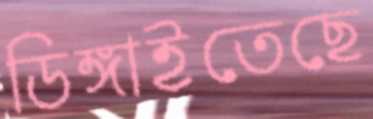
ডিঙ্গাইতেছে